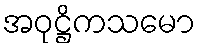
အဝုဋ္ဌိကသမော